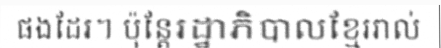
ផងដែរ។ ប៉ុន្តែរដ្ឋាភិបាលខ្មែររាល់